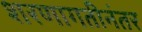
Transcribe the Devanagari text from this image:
शरणागतीनंतर